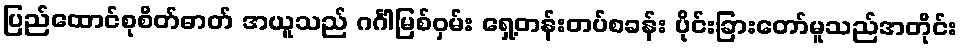
ပြည်ထောင်စုစိတ်ဓာတ် အယူသည် ဂင်္ဂါမြစ်ဝှမ်း ရှေ့တန်းတပ်စခန်း ပိုင်းခြားတော်မူသည်အတိုင်း